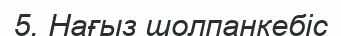
5. Нағыз шолпанкебіс